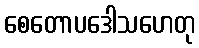
စေတောပဒေါသဟေတု